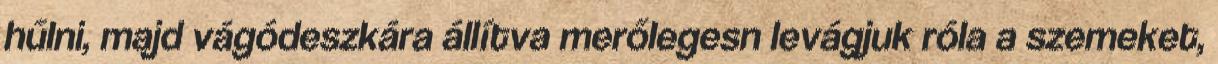
hűlni, majd vágódeszkára állítva merőlegesn levágjuk róla a szemeket,